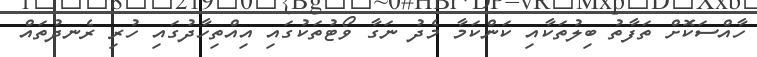
ހާއްސަކޮށް ތަފާތު ބިލުތަކާއި ކަންކަމާ މެދު ނަގާ ވޯޓުތަކުގައި އިއްތިހާދުގައި ހުރި ރެނދުތައް